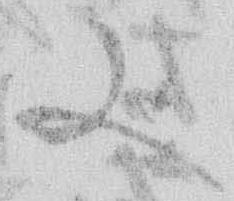
又